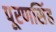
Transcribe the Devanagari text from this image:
पूरणसिंह